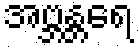
အဗ္ဘန္တရေ